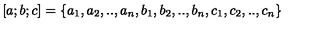
[ a ; b ; c ] = \{ a _ { 1 } , a _ { 2 } , . . , a _ { n } , b _ { 1 } , b _ { 2 } , . . , b _ { n } , c _ { 1 } , c _ { 2 } , . . , c _ { n } \}